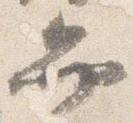
弁